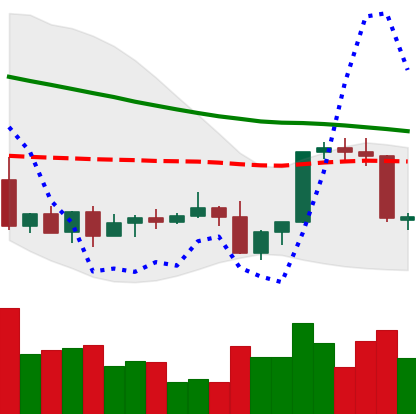
Ticker: XLM-USD
Chart end date: 2022-09-14
Forward return: 6.377%
Label: up_5_7